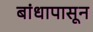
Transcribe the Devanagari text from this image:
बांधापासून